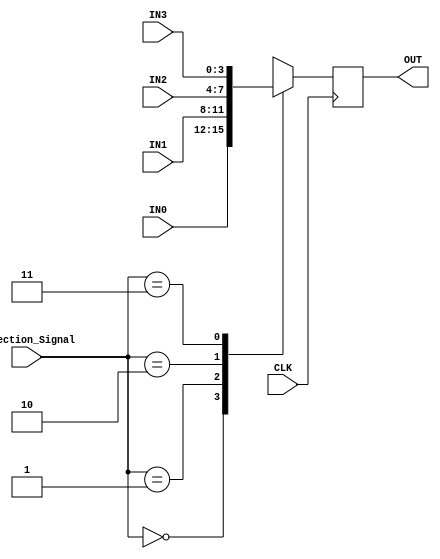
`timescale 1ns / 1ps
//////////////////////////////////////////////////////////////////////////////////
// Company: School of Engineering, University of Edinburgh
// 
// Design Name: DSL_4_Mouse_Interface_assignment_1
// Module Name: Multiplexer
// Project Name: Mouse Interface
// Target Devices: Xilinx Basys 3 
// Tool Versions: Xilinx Vivado 2015.2
// Description: generate selection signal
// 
// Dependencies: 
// 
// Revision: 2.1
// Revision 0.01 - File Created
// Additional Comments:
// 
//////////////////////////////////////////////////////////////////////////////////



module Multiplexer(
    input CLK,
    input [1:0] Selection_Signal,
    input [3:0] IN0,
    input [3:0] IN1,
    input [3:0] IN2,
    input [3:0] IN3,
    output reg [3:0] OUT
    );
    always@(posedge CLK)
    begin 
        case(Selection_Signal)
            2'b00 : OUT <= IN0;
            2'b01 : OUT <= IN1;
            2'b10 : OUT <= IN2; 
            2'b11 : OUT <= IN3; 
            default : OUT <= 4'b0000;
        endcase
    end
endmodule